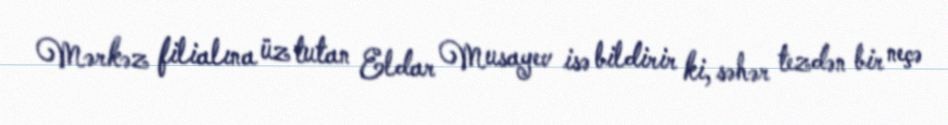
Mərkəz filialına üz tutan Eldar Musayev isə bildirir ki, səhər tezdən bir neçə